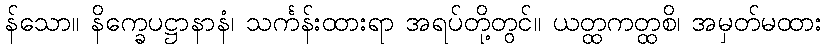
န်သော။ နိက္ခေပဋ္ဌာနာနံ၊ သင်္ကန်းထားရာ အရပ်တို့တွင်။ ယတ္ထကတ္ထစိ၊ အမှတ်မထား